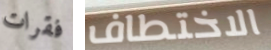
فقرات الاختطاف